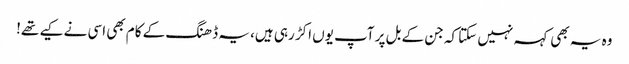
وہ یہ بھی کہہ نہیں سکتا کہ جن کے بل پر آپ یوں اکڑ رہی ہیں، یہ ڈھنگ کے کام بھی اسی نے کیے تھے!